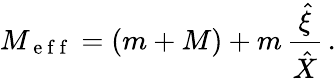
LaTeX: M_{\mathrm{~e~f~f~}}=(m+M)+m\, \frac{\hat{\xi}}{\hat{X}}\, .